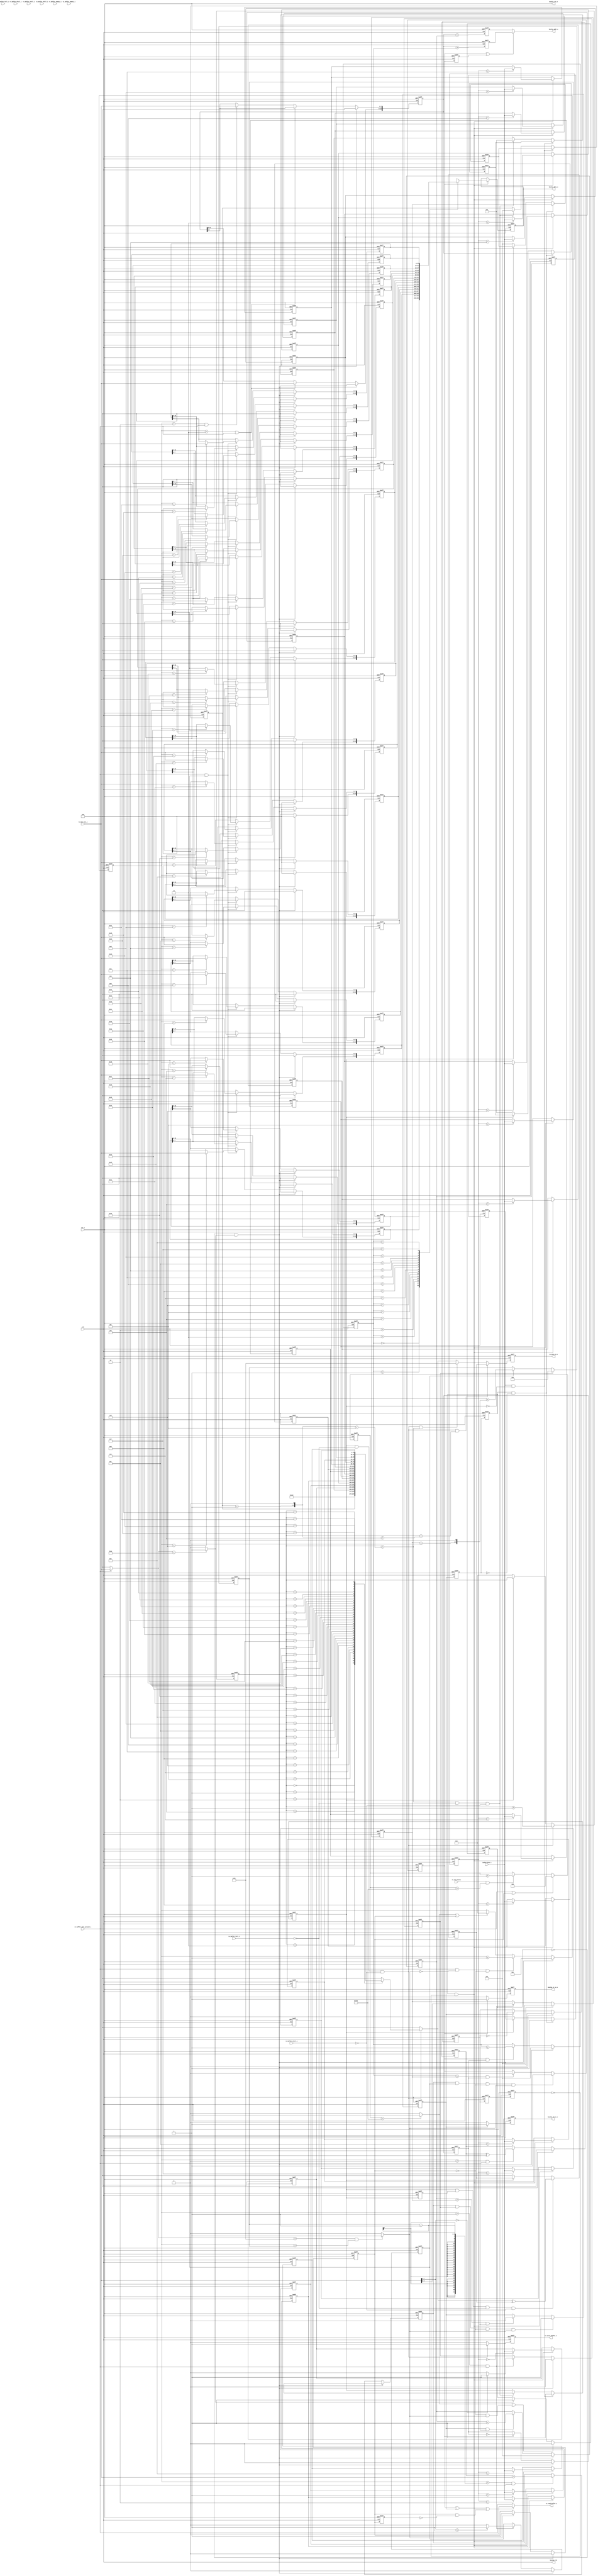
/*++
//  Description : uart on-chip-bus master
--*/

`timescale 1ns/10fs

module bus_master(
  input                  clk               ,
  input                  rst_n             ,      //active low reset
  
  input                  en_16x_baud_i        ,
                                       
  //uart rx interface
  input  [7:0]           rx_data_out_i            ,
  output                 rx_read_buffer_o         ,
  input                  rx_buffer_data_present_i ,
  input                  rx_buffer_full_i         ,
  input                  rx_buffer_hfull_i    ,
  input                  rx_buffer_afull_i  ,
  input                  rx_buffer_aempty_i ,

  //uart tx interface
  output reg [7:0]       tx_data_in_o           ,
  output reg             tx_write_buffer_o      ,      //active high
  input                  tx_buffer_full_i       ,
  input                  tx_buffer_hfull_i  ,  
  input                  tx_buffer_afull_i,
  input                  tx_buffer_aempty_i,  

  //on chip bus interface
  output                 bus2ip_clk      ,
  output                 bus2ip_rst_n    ,
  output  [15:0]         bus2ip_addr_o   ,
  output  [15:0]         bus2ip_data_o   ,
  output                 bus2ip_rd_ce_o  ,    //active high
  output                 bus2ip_wr_ce_o  ,    //active high
  input   [15:0]         ip2bus_data_i
);
  parameter SOF = 8'haa;
  parameter EOF = 8'hd5;
  parameter TIMEOUT_VALUE = 12'd3200;  //16*10*20, 20 bytes time.

  //++
  //Rx parse packets from host
  //--
  wire          get_sof_p1;
  reg           get_sof_done;
  wire          get_eof_p1;
  reg           get_eof_done;
  wire [7:0]    rx_data;
  reg  [11:0]   baud_timer;

  reg  [5:0]    byte_count;
  reg  [5:0]    expected_count;

  always @(posedge clk or negedge rst_n) begin
    if(!rst_n)
      baud_timer <= 12'd0;
    else if(rx_buffer_data_present_i == 1'b1 || get_eof_done == 1'b1)
      baud_timer <= 12'd0;
    else if(en_16x_baud_i == 1'b1 && baud_timer < TIMEOUT_VALUE)
      baud_timer <= baud_timer + 1;
  end

  wire baud_timeout = (baud_timer == TIMEOUT_VALUE) ? 1 : 0;

  assign rx_data[7:0] = (rx_buffer_data_present_i == 1'b1) ? rx_data_out_i[7:0] : 8'h0;
  assign get_sof_p1 = (rx_data[7:0] == SOF) ? 1 : 0;
  assign get_eof_p1 = (rx_data[7:0] == EOF && byte_count == expected_count) ? 1 : 0;

  always @(posedge clk or negedge rst_n) begin
    if(!rst_n) 
      get_sof_done <= 1'b0;
    else if(baud_timeout == 1'b1 || (get_eof_done == 1'b0 && get_eof_p1 == 1'b1))
      get_sof_done <= 1'b0;
    else if(get_sof_p1 == 1'b1)
      get_sof_done <= 1'b1;
  end 

  always @(posedge clk or negedge rst_n) begin
    if(!rst_n) 
      get_eof_done <= 1'b0;
    else if(get_sof_done == 1'b0 && get_sof_p1 == 1'b1)
      get_eof_done <= 1'b0;
    else if(get_eof_p1 == 1'b1)
      get_eof_done <= 1'b1;
  end

  always @(posedge clk or negedge rst_n) begin
    if(!rst_n) 
      byte_count <= 6'd0;
    else if(get_sof_done == 1'b0 && get_sof_p1 == 1'b1)
      byte_count <= 6'd1;
    else if(rx_buffer_data_present_i == 1'b1 && get_eof_p1 == 1'b0 && get_eof_done == 1'b0)
      byte_count <= byte_count + 1;
    else if(baud_timeout == 1'b1 || get_eof_done == 1'b1)
      byte_count <= 6'd0;
  end

  //parse host commands 
  wire [3:0]    opcode;
  reg           write_reg;
  reg           read_reg;
  reg  [3:0]    burst_len; //in fact length - 1
  wire [4:0]    burst_len_p1;
  reg  [15:0]   base_addr;

  assign opcode[3:0] = rx_data_out_i[7:4];
  assign burst_len_p1 = burst_len + 1;

  always @(posedge clk or negedge rst_n) begin
    if(!rst_n) begin
      write_reg <= 1'b0;
      read_reg  <= 1'b0;
    end
    else if(get_sof_done == 1'b0 && get_sof_p1 == 1'b1) begin
      write_reg <= 1'b0;
      read_reg  <= 1'b0;
    end
    else if(byte_count[5:0] == 6'd1 && rx_buffer_data_present_i == 1'b1) begin
      if(opcode[3:0] == 4'b0000)
        read_reg  <= 1'b1;
      else 
        read_reg  <= 1'b0;

      if(opcode[3:0] == 4'b0001)
        write_reg <= 1'b1;
      else
        write_reg <= 1'b0;
    end
  end

  always @(posedge clk or negedge rst_n) begin
    if(!rst_n) 
      burst_len[3:0] <= 4'h0;
    else if(get_sof_done == 1'b0 && get_sof_p1 == 1'b1)
      burst_len[3:0] <= 4'h0;
    else if(byte_count[5:0] == 6'd1 && rx_buffer_data_present_i == 1'b1)
      burst_len[3:0] <= rx_data_out_i[3:0];
  end

  always @(posedge clk or negedge rst_n) begin
    if(!rst_n) 
      base_addr[15:0] <= 16'h0;
    else if(get_sof_done == 1'b0 && get_sof_p1 == 1'b1)
      base_addr[15:0] <= 16'h0;
    else if(byte_count[5:0] == 6'd2 && rx_buffer_data_present_i == 1'b1)
      base_addr[15:8] <= rx_data_out_i[7:0];
    else if(byte_count[5:0] == 6'd3 && rx_buffer_data_present_i == 1'b1)
      base_addr[7:0] <= rx_data_out_i[7:0];
  end

  always @(posedge clk or negedge rst_n) begin
    if(!rst_n) 
      expected_count[5:0] <= 6'd63;
    else if(read_reg == 1'b1)
      expected_count[5:0] <= 6'd5;
    else if(write_reg == 1'b1)
      expected_count[5:0] <= 6'd5 + {burst_len_p1, 1'b0};
  end
    
  //reserve burst write data
  reg  [15:0]  write_data0;
  reg  [15:0]  write_data1;
  reg  [15:0]  write_data2;
  reg  [15:0]  write_data3;
  reg  [15:0]  write_data4;
  reg  [15:0]  write_data5;
  reg  [15:0]  write_data6;
  reg  [15:0]  write_data7;
  reg  [15:0]  write_data8;
  reg  [15:0]  write_data9;
  reg  [15:0]  write_dataa;
  reg  [15:0]  write_datab;
  reg  [15:0]  write_datac;
  reg  [15:0]  write_datad;
  reg  [15:0]  write_datae;
  reg  [15:0]  write_dataf;
  
  always @(posedge clk or negedge rst_n) begin
    if(!rst_n) begin
      write_data0 <= 16'h0;
      write_data1 <= 16'h0;
      write_data2 <= 16'h0;
      write_data3 <= 16'h0;
      write_data4 <= 16'h0;
      write_data5 <= 16'h0;
      write_data6 <= 16'h0;
      write_data7 <= 16'h0;
      write_data8 <= 16'h0;
      write_data9 <= 16'h0;
      write_dataa <= 16'h0;
      write_datab <= 16'h0;
      write_datac <= 16'h0;
      write_datad <= 16'h0;
      write_datae <= 16'h0;
      write_dataf <= 16'h0;
    end 
    else if(get_sof_done == 1'b0 && get_sof_p1 == 1'b1) begin
      write_data0 <= 16'h0;
      write_data1 <= 16'h0;
      write_data2 <= 16'h0;
      write_data3 <= 16'h0;
      write_data4 <= 16'h0;
      write_data5 <= 16'h0;
      write_data6 <= 16'h0;
      write_data7 <= 16'h0;
      write_data8 <= 16'h0;
      write_data9 <= 16'h0;
      write_dataa <= 16'h0;
      write_datab <= 16'h0;
      write_datac <= 16'h0;
      write_datad <= 16'h0;
      write_datae <= 16'h0;
      write_dataf <= 16'h0;
    end
    else if(rx_buffer_data_present_i == 1'b1 && write_reg == 1'b1) begin
      case(byte_count[5:0])
        6'd4:     write_data0[15:8] <= rx_data_out_i;  
        6'd5:     write_data0[7:0]  <= rx_data_out_i;
        6'd6:     write_data1[15:8] <= rx_data_out_i;  
        6'd7:     write_data1[7:0]  <= rx_data_out_i;
        6'd8:     write_data2[15:8] <= rx_data_out_i;  
        6'd9:     write_data2[7:0]  <= rx_data_out_i;
        6'd10:    write_data3[15:8] <= rx_data_out_i;  
        6'd11:    write_data3[7:0]  <= rx_data_out_i;
        6'd12:    write_data4[15:8] <= rx_data_out_i;  
        6'd13:    write_data4[7:0]  <= rx_data_out_i;
        6'd14:    write_data5[15:8] <= rx_data_out_i;  
        6'd15:    write_data5[7:0]  <= rx_data_out_i;
        6'd16:    write_data6[15:8] <= rx_data_out_i;  
        6'd17:    write_data6[7:0]  <= rx_data_out_i;
        6'd18:    write_data7[15:8] <= rx_data_out_i;  
        6'd19:    write_data7[7:0]  <= rx_data_out_i;
        6'd20:    write_data8[15:8] <= rx_data_out_i;  
        6'd21:    write_data8[7:0]  <= rx_data_out_i;
        6'd22:    write_data9[15:8] <= rx_data_out_i;  
        6'd23:    write_data9[7:0]  <= rx_data_out_i;
        6'd24:    write_dataa[15:8] <= rx_data_out_i;  
        6'd25:    write_dataa[7:0]  <= rx_data_out_i;
        6'd26:    write_datab[15:8] <= rx_data_out_i;  
        6'd27:    write_datab[7:0]  <= rx_data_out_i;
        6'd28:    write_datac[15:8] <= rx_data_out_i;  
        6'd29:    write_datac[7:0]  <= rx_data_out_i;
        6'd30:    write_datad[15:8] <= rx_data_out_i;  
        6'd31:    write_datad[7:0]  <= rx_data_out_i;
        6'd32:    write_datae[15:8] <= rx_data_out_i;  
        6'd33:    write_datae[7:0]  <= rx_data_out_i;
        6'd34:    write_dataf[15:8] <= rx_data_out_i;  
        6'd35:    write_dataf[7:0]  <= rx_data_out_i;
      endcase
    end
  end

  //get FCS and compare
  reg  [7:0]  calculated_fcs;
  wire [7:0]  received_fcs = rx_data_out_i;
  reg         fcs_matched;

  always @(posedge clk or negedge rst_n) begin
    if(!rst_n) 
      calculated_fcs <= 8'h0;
    else if(get_sof_done == 1'b0 && get_sof_p1 == 1'b1)
      calculated_fcs <= 8'h0;
    else if(byte_count > 0 && rx_buffer_data_present_i == 1'b1)
      calculated_fcs <= calculated_fcs ^ rx_data_out_i;
  end

  always @(posedge clk or negedge rst_n) begin
    if(!rst_n) 
      fcs_matched <= 1'b0;
    else if(get_sof_done == 1'b0 && get_sof_p1 == 1'b1)
      fcs_matched <= 1'b0;
    else if(byte_count == (expected_count-1) && rx_buffer_data_present_i == 1'b1)
      fcs_matched <= (calculated_fcs[7:0] == received_fcs[7:0]);
  end

  //++
  //on chip bus register write access
  //--
  reg         write_in_progress;
  reg  [3:0]  write_count;
  reg         write_toggle;  //write need two cycles.
  reg  [15:0] write_addr;
  reg         write_enable;
  reg  [15:0] write_data; 


  always @(posedge clk or negedge rst_n) begin
    if(!rst_n) 
      write_in_progress <= 1'b0;
    else if(fcs_matched == 1'b1 && write_reg == 1'b1 && get_eof_done == 1'b0 && get_eof_p1 == 1'b1)
      write_in_progress <= 1'b1;
    else if(write_count == burst_len && write_toggle == 1'b1)
      write_in_progress <= 1'b0;
  end

  always @(posedge clk or negedge rst_n) begin
    if(!rst_n) 
      write_toggle <= 1'b0;
    else if(get_sof_done == 1'b0 && get_sof_p1 == 1'b1)
      write_toggle <= 1'b0;
    else if(write_in_progress == 1'b1)
      write_toggle <= ~write_toggle;
  end
      
  always @(posedge clk or negedge rst_n) begin
    if(!rst_n) 
      write_count <= 4'h0;
    else if(get_sof_done == 1'b0 && get_sof_p1 == 1'b1)
      write_count <= 4'h0;
    else if(write_in_progress == 1'b1 && write_toggle == 1'b1)
      write_count <= write_count + 1;
  end

  always @(posedge clk or negedge rst_n) begin
    if(!rst_n) 
      write_addr <= 16'h0;
    else
      write_addr <= base_addr + {12'h0, write_count};
  end

  always @(posedge clk or negedge rst_n) begin
    if(!rst_n) 
      write_enable <= 1'b0;
    else if(write_in_progress == 1'b1)
      write_enable <= 1'b1;
    else
      write_enable <= 1'b0;
  end

  always @(posedge clk or negedge rst_n) begin
    if(!rst_n) 
      write_data <= 16'h0;
    else if(write_in_progress == 1'b1)
      case(write_count)
        4'h0:    write_data <= write_data0;
        4'h1:    write_data <= write_data1;
        4'h2:    write_data <= write_data2;
        4'h3:    write_data <= write_data3;
        4'h4:    write_data <= write_data4;
        4'h5:    write_data <= write_data5;
        4'h6:    write_data <= write_data6;
        4'h7:    write_data <= write_data7;
        4'h8:    write_data <= write_data8;
        4'h9:    write_data <= write_data9;
        4'ha:    write_data <= write_dataa;
        4'hb:    write_data <= write_datab;
        4'hc:    write_data <= write_datac;
        4'hd:    write_data <= write_datad;
        4'he:    write_data <= write_datae;
        4'hf:    write_data <= write_dataf;
      endcase
  end


  //++
  //on chip bus register read  access
  //--
  reg         read_in_progress;
  reg  [3:0]  read_count;
  reg         read_toggle;  //read need two cycles.
  reg  [15:0] read_addr;
  reg         read_enable;
  reg  [15:0] read_data0; 
  reg  [15:0] read_data1;
  reg  [15:0] read_data2;
  reg  [15:0] read_data3;
  reg  [15:0] read_data4;
  reg  [15:0] read_data5;
  reg  [15:0] read_data6;
  reg  [15:0] read_data7;
  reg  [15:0] read_data8;
  reg  [15:0] read_data9;
  reg  [15:0] read_dataa;
  reg  [15:0] read_datab;
  reg  [15:0] read_datac;
  reg  [15:0] read_datad;
  reg  [15:0] read_datae;
  reg  [15:0] read_dataf;

  always @(posedge clk or negedge rst_n) begin
    if(!rst_n) 
      read_in_progress <= 1'b0;
    else if(fcs_matched == 1'b1 && read_reg == 1'b1 && get_eof_done == 1'b0 && get_eof_p1 == 1'b1)
      read_in_progress <= 1'b1;
    else if(read_count == burst_len && read_toggle == 1'b1)
      read_in_progress <= 1'b0;
  end

  always @(posedge clk or negedge rst_n) begin
    if(!rst_n) 
      read_toggle <= 1'b0;
    else if(get_sof_done == 1'b0 && get_sof_p1 == 1'b1)
      read_toggle <= 1'b0;
    else if(read_in_progress == 1'b1)
      read_toggle <= ~read_toggle;
  end
      
  always @(posedge clk or negedge rst_n) begin
    if(!rst_n) 
      read_count <= 4'h0;
    else if(get_sof_done == 1'b0 && get_sof_p1 == 1'b1)
      read_count <= 4'h0;
    else if(read_in_progress == 1'b1 && read_toggle == 1'b1)
      read_count <= read_count + 1;
  end

  always @(posedge clk or negedge rst_n) begin
    if(!rst_n) 
      read_addr <= 16'h0;
    else
      read_addr <= base_addr + {12'h0, read_count};
  end

  always @(posedge clk or negedge rst_n) begin
    if(!rst_n) 
      read_enable <= 1'b0;
    else if(read_in_progress == 1'b1)
      read_enable <= 1'b1;
    else
      read_enable <= 1'b0;
  end

  reg         read_in_progress_d1, read_in_progress_d2;
  reg  [3:0]  read_count_d1, read_count_d2;
  reg         read_toggle_d1, read_toggle_d2;  //read need two cycles.

  always @(posedge clk or negedge rst_n) begin
    if(!rst_n) begin
      {read_in_progress_d1, read_in_progress_d2} <= 2'b0;
      {read_count_d1, read_count_d2}             <= 8'h0;
      {read_toggle_d1, read_toggle_d2}           <= 2'b0;
    end
    else begin
      {read_in_progress_d1, read_in_progress_d2} <= {read_in_progress, read_in_progress_d1};
      {read_count_d1, read_count_d2}             <= {read_count, read_count_d1}            ;
      {read_toggle_d1, read_toggle_d2}           <= {read_toggle, read_toggle_d1}          ;
    end
  end

  always @(posedge clk or negedge rst_n) begin
    if(!rst_n) begin
      read_data0 <= 16'h0;
      read_data1 <= 16'h0;
      read_data2 <= 16'h0;
      read_data3 <= 16'h0;
      read_data4 <= 16'h0;
      read_data5 <= 16'h0;
      read_data6 <= 16'h0;
      read_data7 <= 16'h0;
      read_data8 <= 16'h0;
      read_data9 <= 16'h0;
      read_dataa <= 16'h0;
      read_datab <= 16'h0;
      read_datac <= 16'h0;
      read_datad <= 16'h0;
      read_datae <= 16'h0;
      read_dataf <= 16'h0;
    end
    else if(read_in_progress_d2 == 1'b1 && read_toggle_d2 == 1'b0) begin
      case(read_count_d2)
        4'h0:    read_data0 <= ip2bus_data_i;
        4'h1:    read_data1 <= ip2bus_data_i;
        4'h2:    read_data2 <= ip2bus_data_i;
        4'h3:    read_data3 <= ip2bus_data_i;
        4'h4:    read_data4 <= ip2bus_data_i;
        4'h5:    read_data5 <= ip2bus_data_i;
        4'h6:    read_data6 <= ip2bus_data_i;
        4'h7:    read_data7 <= ip2bus_data_i;
        4'h8:    read_data8 <= ip2bus_data_i;
        4'h9:    read_data9 <= ip2bus_data_i;
        4'ha:    read_dataa <= ip2bus_data_i;
        4'hb:    read_datab <= ip2bus_data_i;
        4'hc:    read_datac <= ip2bus_data_i;
        4'hd:    read_datad <= ip2bus_data_i;
        4'he:    read_datae <= ip2bus_data_i;
        4'hf:    read_dataf <= ip2bus_data_i;
      endcase
    end
  end

  //++
  //operate on uart rx buffer
  //--
  reg    get_eof_done_d1;

  always @(posedge clk or negedge rst_n) begin
    if(!rst_n) 
      get_eof_done_d1 <= 1'b0;
    else
      get_eof_done_d1 <= get_eof_done;
  end
  
  assign rx_read_buffer_o = (write_in_progress || read_in_progress || (get_eof_done & (~get_eof_done_d1))) ? 1'b0 : rx_buffer_data_present_i;


  //++
  //operate on uart tx buffer, compose a packet to host
  //--
  reg         tx_start;
  reg         tx_in_progress;
  reg  [5:0]  tx_count; 
  reg  [3:0]  tx_burst_len, tx_burst_len_z1;
  reg  [15:0] tx_base_addr, tx_base_addr_z1;

  wire [4:0] tx_burst_len_p1 = tx_burst_len_z1 + 1;
  wire [5:0] tx_byte_len = {tx_burst_len_p1, 1'b0};
  
  always @(posedge clk or negedge rst_n) begin
    if(!rst_n) begin
      tx_start <= 1'b0;
      tx_burst_len <= 4'h0;
      tx_base_addr <= 16'h0;
    end
    else if(read_in_progress_d2 == 1'b1 && read_in_progress_d1 == 1'b0) begin
      tx_start <= 1'b1;
      tx_burst_len <= burst_len;
      tx_base_addr <= base_addr;
    end
    else if(tx_in_progress == 1'b0) begin
      tx_start <= 1'b0;
      tx_burst_len <= 4'h0;
      tx_base_addr <= 16'h0;
    end
  end

  always @(posedge clk or negedge rst_n) begin
    if(!rst_n) begin
      tx_in_progress <= 1'b0;
      tx_burst_len_z1 <= 4'h0;
      tx_base_addr_z1 <= 16'h0;
    end
    else if(tx_start == 1'b1 && tx_in_progress == 1'b0) begin
      tx_in_progress <= 1'b1;
      tx_burst_len_z1 <= tx_burst_len;
      tx_base_addr_z1 <= tx_base_addr;
    end
    else if(tx_count == (tx_byte_len+5) && tx_buffer_full_i == 1'b0 && tx_buffer_afull_i == 1'b0) begin
      tx_in_progress <= 1'b0;
      tx_burst_len_z1 <= 4'h0;
      tx_base_addr_z1 <= 16'h0;
    end
  end

  wire [5:0] tx_count_p1 = tx_count + 1;

  always @(posedge clk or negedge rst_n) begin
    if(!rst_n) 
      tx_count <= 6'h0;
    else if(tx_in_progress == 1'b1 && tx_buffer_full_i == 1'b0 && tx_buffer_afull_i == 1'b0)
      tx_count <= tx_count_p1;
    else if(tx_in_progress == 1'b0)
      tx_count <= 6'h0;
  end

  reg   [7:0]   tx_data_in_p1;
  reg   [7:0]   tx_fcs;

  always @(*) begin
    tx_data_in_p1 = 8'h0;

    if(tx_in_progress == 1'b1 && tx_buffer_full_i == 1'b0 && tx_buffer_afull_i == 1'b0) begin
      case(tx_count)
        6'd0   :  tx_data_in_p1 = 8'haa;
        6'd1   :  tx_data_in_p1 = {4'b0, tx_burst_len_z1};
        6'd2   :  tx_data_in_p1 = tx_base_addr_z1[15:8];
        6'd3   :  tx_data_in_p1 = tx_base_addr_z1[7:0];
        6'd4   :  tx_data_in_p1 = read_data0[15:8];
        6'd5   :  tx_data_in_p1 = read_data0[7:0];
        6'd6   :  tx_data_in_p1 = read_data1[15:8];
        6'd7   :  tx_data_in_p1 = read_data1[7:0];
        6'd8   :  tx_data_in_p1 = read_data2[15:8];
        6'd9   :  tx_data_in_p1 = read_data2[7:0];
        6'd10  :  tx_data_in_p1 = read_data3[15:8];
        6'd11  :  tx_data_in_p1 = read_data3[7:0];
        6'd12  :  tx_data_in_p1 = read_data4[15:8];
        6'd13  :  tx_data_in_p1 = read_data4[7:0];
        6'd14  :  tx_data_in_p1 = read_data5[15:8];
        6'd15  :  tx_data_in_p1 = read_data5[7:0];
        6'd16  :  tx_data_in_p1 = read_data6[15:8];
        6'd17  :  tx_data_in_p1 = read_data6[7:0];
        6'd18  :  tx_data_in_p1 = read_data7[15:8];
        6'd19  :  tx_data_in_p1 = read_data7[7:0];
        6'd20  :  tx_data_in_p1 = read_data8[15:8];
        6'd21  :  tx_data_in_p1 = read_data8[7:0];
        6'd22  :  tx_data_in_p1 = read_data9[15:8];
        6'd23  :  tx_data_in_p1 = read_data9[7:0];
        6'd24  :  tx_data_in_p1 = read_dataa[15:8];
        6'd25  :  tx_data_in_p1 = read_dataa[7:0];
        6'd26  :  tx_data_in_p1 = read_datab[15:8];
        6'd27  :  tx_data_in_p1 = read_datab[7:0];
        6'd28  :  tx_data_in_p1 = read_datac[15:8];
        6'd29  :  tx_data_in_p1 = read_datac[7:0];
        6'd30  :  tx_data_in_p1 = read_datad[15:8];
        6'd31  :  tx_data_in_p1 = read_datad[7:0];
        6'd32  :  tx_data_in_p1 = read_datae[15:8];
        6'd33  :  tx_data_in_p1 = read_datae[7:0];
        6'd34  :  tx_data_in_p1 = read_dataf[15:8];
        6'd35  :  tx_data_in_p1 = read_dataf[7:0];
      endcase
    end
  end


  reg  tx_in_progress_d1;

  always @(posedge clk or negedge rst_n) begin
    if(!rst_n) 
      tx_in_progress_d1 <= 0;
    else
      tx_in_progress_d1 <= tx_in_progress;
   end

  always @(posedge clk or negedge rst_n) begin
    if(!rst_n) 
      tx_fcs <= 8'h0;
    else if(tx_in_progress == 1'b1 && tx_in_progress_d1 == 1'b1 && tx_buffer_full_i == 1'b0 && tx_buffer_afull_i == 1'b0)
      tx_fcs <= tx_data_in_p1[7:0] ^ tx_fcs;
    else if(tx_in_progress == 1'b0)
      tx_fcs <= 8'h0;
  end

  always @(posedge clk or negedge rst_n) begin
    if(!rst_n) 
      tx_data_in_o <= 8'h0;
    else if(tx_in_progress == 1'b1 && tx_buffer_full_i == 1'b0 && tx_buffer_afull_i == 1'b0 && tx_count == (tx_byte_len+4))
      tx_data_in_o <= tx_fcs;
    else if(tx_in_progress == 1'b1 && tx_buffer_full_i == 1'b0 && tx_buffer_afull_i == 1'b0 && tx_count == (tx_byte_len+5))
      tx_data_in_o <= 8'hd5;
    else
      tx_data_in_o <= tx_data_in_p1;
  end

  always @(posedge clk or negedge rst_n) begin
    if(!rst_n) 
      tx_write_buffer_o <= 1'b0;
    else if(tx_in_progress == 1'b1 && tx_buffer_full_i == 1'b0 && tx_buffer_afull_i == 1'b0)
      tx_write_buffer_o <= 1'b1;
    else 
      tx_write_buffer_o <= 1'b0;
  end


  //++
  //deal with on-chip-bus signals
  //--
  reg write_in_progress_d1;

  always @(posedge clk or negedge rst_n) begin
    if(!rst_n) 
      write_in_progress_d1 <= 0;
    else
      write_in_progress_d1 <= write_in_progress;
  end

  assign bus2ip_clk     = clk; 
  assign bus2ip_rst_n   = rst_n;
  assign bus2ip_addr_o  = (write_in_progress == 1'b1 || write_in_progress_d1 == 1'b1) ? write_addr : read_addr;
  assign bus2ip_data_o  = write_data;
  assign bus2ip_rd_ce_o = read_enable;
  assign bus2ip_wr_ce_o = write_enable;

endmodule